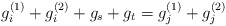
\begin{align*}g_i^{(1)}+g_i^{(2)}+g_s+g_t=g_j^{(1)}+g_j^{(2)}\end{align*}